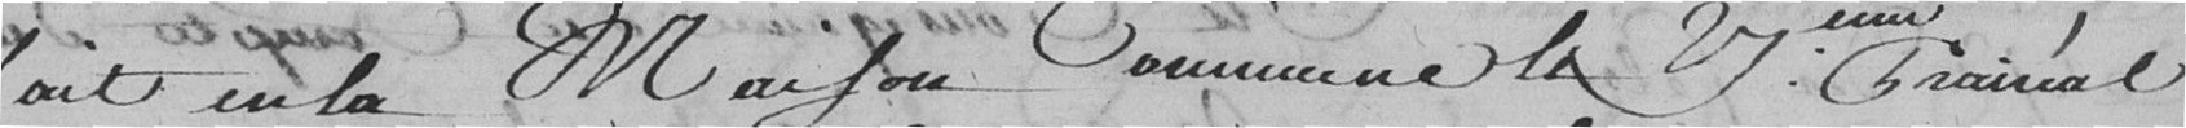
fait en la Maison Communale le Vème Prairial